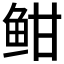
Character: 𫠐